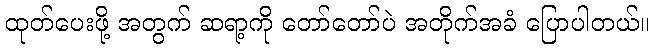
ထုတ်ပေးဖို့ အတွက် ဆရာ့ကို တော်တော်ပဲ အတိုက်အခံ ပြောပါတယ်။